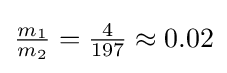
{\tfrac {m_{1}}{m_{2}}}={\tfrac {4}{197}}\approx 0.02